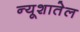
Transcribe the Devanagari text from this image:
न्यूशातेल